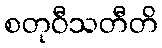
စတုဝီသတီတိ